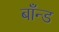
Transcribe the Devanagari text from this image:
बाँन्ड